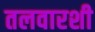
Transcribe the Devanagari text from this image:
तलवारशी